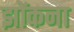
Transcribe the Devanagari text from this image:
झोंकना